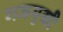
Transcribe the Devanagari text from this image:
गजमुखी